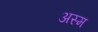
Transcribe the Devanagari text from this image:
अस्म